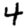
Digit: 4